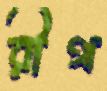
রীথ